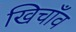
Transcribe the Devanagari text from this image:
खिचाँव